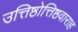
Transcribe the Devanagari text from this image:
उत्तिष्ठोत्तिष्ठवाराह